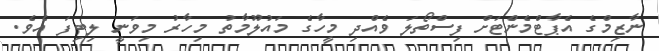
ނާޒިމްގެ އެޕާޓްމެނެްޓަށް ފިސްތޯލަ ވެއްދި މީހާގެ މައުލޫމާތު މިހާރު މިވަނީ ލިބިފަ އެވެ.